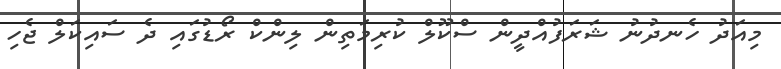
މިއަދު ހެނދުނު ޝަރަފުއްދީން ސްކޫލް ކުރިމަތިން ލިންކް ރޯޑުގައި ދެ ސައިކަލް ޖެހި